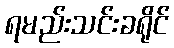
ရမည်းသင်းခရိုင်